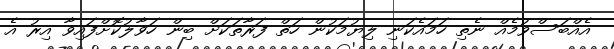
އެއްބަސްވުމެއް ނެތި ހަމައެކަނި ލިޔުމަކުން ހަތް ފަރާތަކަށް ބިން ހަވާލުކޮށްފައިވާ އިރު އެ